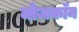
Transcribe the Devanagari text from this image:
नोजकाॅन